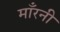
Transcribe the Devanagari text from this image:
माँरनी